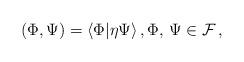
LaTeX: \begin{align*}(\Phi, \Psi) = \langle \Phi | \eta \Psi \rangle \, , \Phi, \, \Psi \in \mathcal{F} \, ,\end{align*}